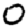
Digit: 0